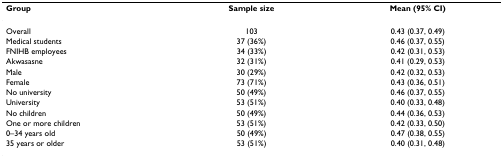
<table><thead><tr><td><b>Group</b></td><td><b>Sample size</b></td><td><b>Mean (95% CI)</b></td></tr></thead><tbody><tr><td>Overall</td><td>103</td><td>0.43 (0.37, 0.49)</td></tr><tr><td>Medical students</td><td>37 (36%)</td><td>0.46 (0.37, 0.55)</td></tr><tr><td>FNIHB employees</td><td>34 (33%)</td><td>0.42 (0.31, 0.53)</td></tr><tr><td>Akwasasne</td><td>32 (31%)</td><td>0.41 (0.29, 0.53)</td></tr><tr><td>Male</td><td>30 (29%)</td><td>0.42 (0.32, 0.53)</td></tr><tr><td>Female</td><td>73 (71%)</td><td>0.43 (0.36, 0.51)</td></tr><tr><td>No university</td><td>50 (49%)</td><td>0.46 (0.37, 0.55)</td></tr><tr><td>University</td><td>53 (51%)</td><td>0.40 (0.33, 0.48)</td></tr><tr><td>No children</td><td>50 (49%)</td><td>0.44 (0.36, 0.53)</td></tr><tr><td>One or more children</td><td>53 (51%)</td><td>0.42 (0.33, 0.50)</td></tr><tr><td>0–34 years old</td><td>50 (49%)</td><td>0.47 (0.38, 0.55)</td></tr><tr><td>35 years or older</td><td>53 (51%)</td><td>0.40 (0.31, 0.48)</td></tr></tbody></table>